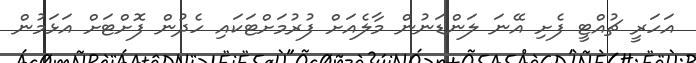
އަހަރީ ޗުއްޓީ ފެށި އޭނަ ލަންޑަނުން މާލެއަށް ފުރުމަށްޓަކައި ހެދުން ފޮށްޓަށް އަޅަމުން